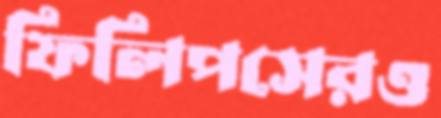
ফিলিপসেরও